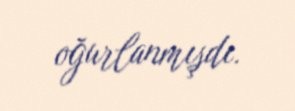
oğurlanmışdı.